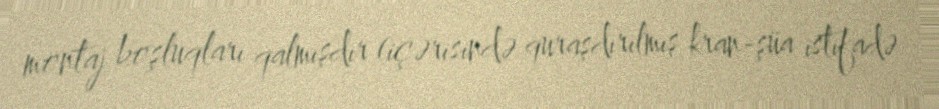
montaj boşluqları qalmışdır (içərisində quraşdırılmış kran-şüa istifadə